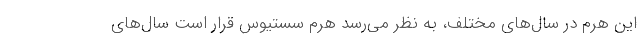
این هرم در سال‌های مختلف، به نظر می‌‌رسد هرم سستیوس قرار است سال‌‌های